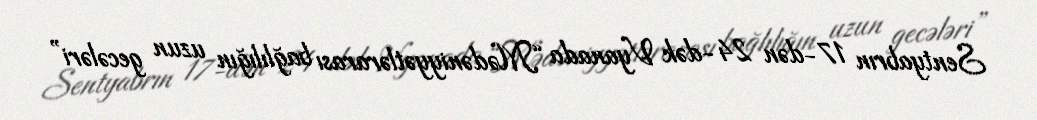
Sentyabrın 17-dən 24-dək Vyanada “Mədəniyyətlərarası bağlılığın uzun gecələri”